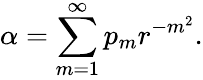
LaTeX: \alpha=\sum_{m=1}^{\infty}p_{m}r^{-m^{2}}.